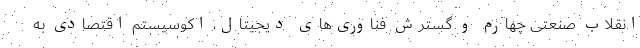
انقلاب صنعتی چهارم و گسترش فناوری‌های دیجیتال، اکوسیستم اقتصادی به